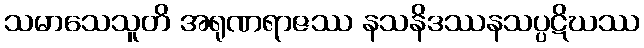
သမာသေသူတိ အရုဏရာဇဿ နသနိဒဿနသပ္ပဋိဃဿ